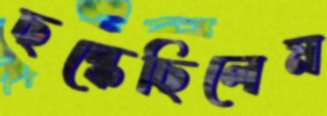
ছল্‌কেছিলেম